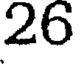
26